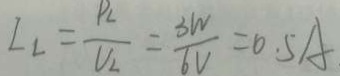
L _ { L } = \frac { P _ { L } } { V _ { L } } = \frac { 3 W } { 6 V } = 0 . 5 A